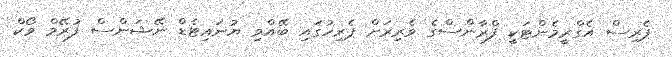
ޕެރިސް އެގްރީމެންޓަކީ ފްރާންސްގެ ވެރިރަށް ޕެރިހުގައި ބޭއްވި ޔުނައިޓެޑް ނޭޝަންސް ފުރޭމް ވޯކް